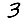
Digit: 3